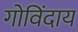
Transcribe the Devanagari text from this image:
गोविंदाय